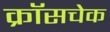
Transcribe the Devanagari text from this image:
क्रॉसचेक